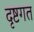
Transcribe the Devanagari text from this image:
दृष्टगत